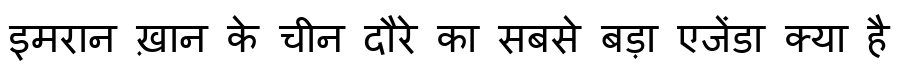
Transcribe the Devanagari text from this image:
इमरान ख़ान के चीन दौरे का सबसे बड़ा एजेंडा क्या है